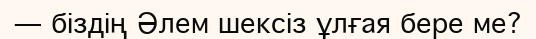
— біздің Әлем шексіз ұлғая бере ме?